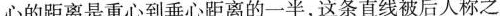
心的距离是重心到垂心距离的一半，这条直线被后人称之